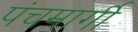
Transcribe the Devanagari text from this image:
पंचमार्गी